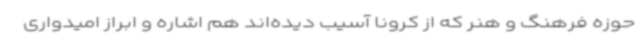
حوزه فرهنگ و هنر که از کرونا آسیب دیده‌اند هم اشاره و ابراز امیدواری